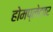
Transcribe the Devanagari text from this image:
होमप्लेटवर